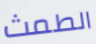
الطمث